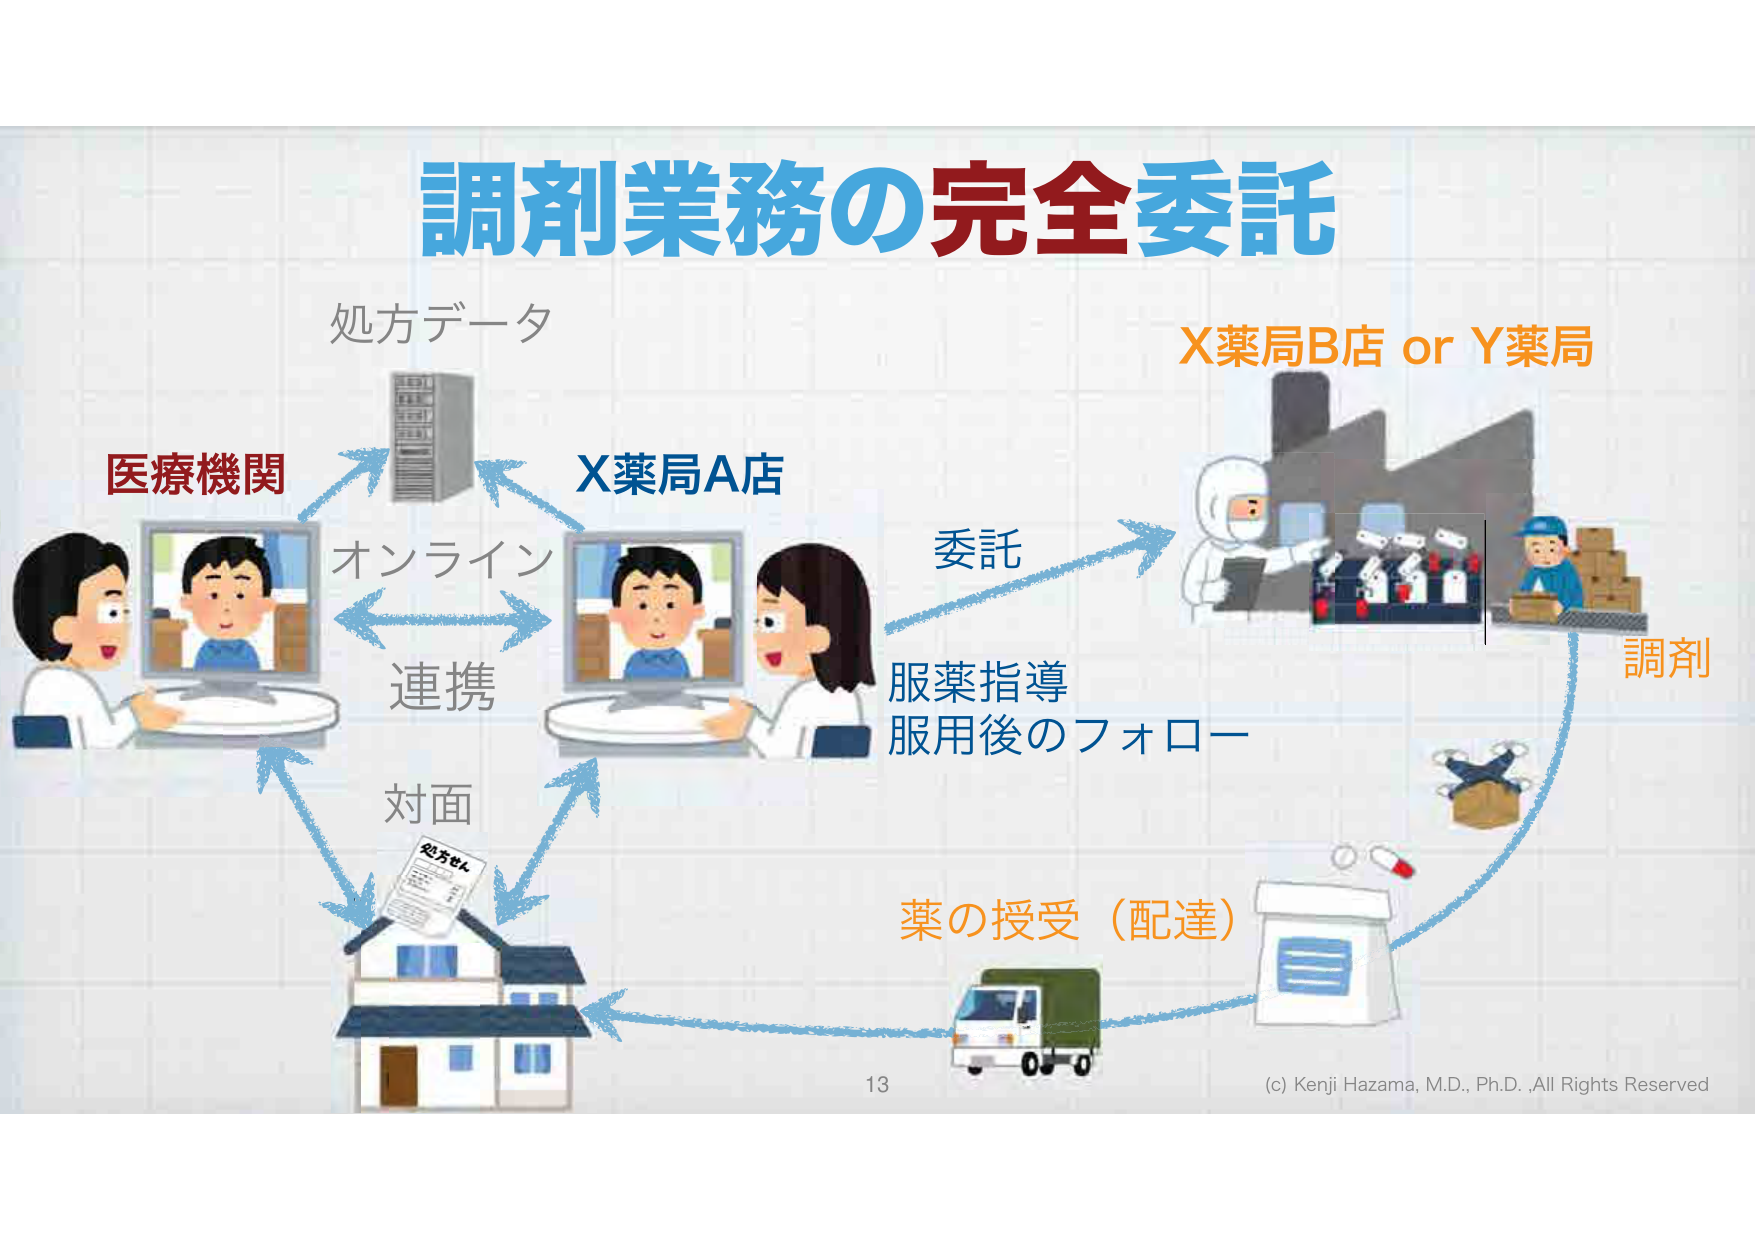
調剤業務の完全委託
処方データ
医療機関
オンライン
連携
対面
X薬局A店
委託
服薬指導
服用後のフォロー
X薬局B店 or Y薬局
調剤
薬の授受（配達）
処方せん
13
(c) Kenji Hazama, M.D., Ph.D., All Rights Reserved